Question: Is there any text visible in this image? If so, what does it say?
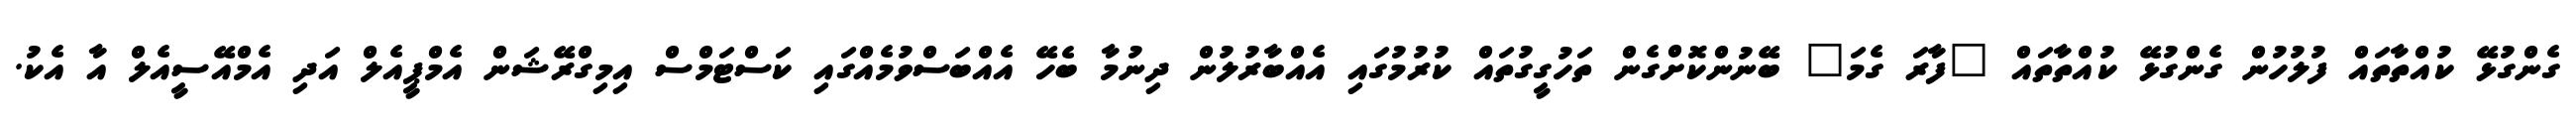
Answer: ގެންގުޅޭ ކުއްތާތައް ފުލުހުން ގެންގުޅޭ ކުއްތާތައް "ފާރަ ގެމަ" ބޭނުންކޮށްގެން ތަހުގީގުތައް ކުރުމުގައި އެއްބާރުލުން ދިނުމާ ބެހޭ އެއްބަސްވުމެއްގައި ކަސްޓަމްސް އިމިގްރޭޝަން އެމްޕީއެލް އަދި އެމްއޭސީއެލް އާ އެކު.